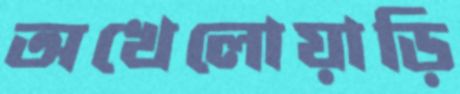
অখেলোয়াড়ি